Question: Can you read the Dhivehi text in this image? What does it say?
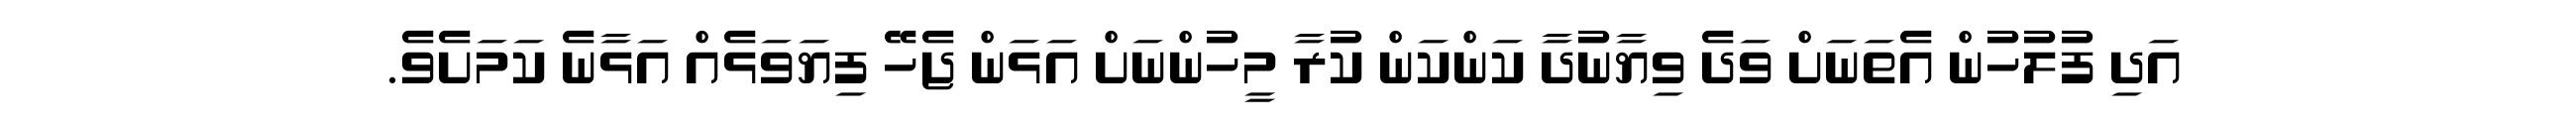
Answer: އަދި ފުލުހުން އެތަނަށް ވަދެ ވިޔާނުދާ ކަންކަން ކުރާ މީހުންނަށް އަޅަން ޖެހޭ ފިޔަވަޅެއް އަޅާނެ ކަމަށެވެ.